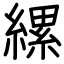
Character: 縲